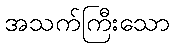
အသက်ကြီးသော